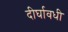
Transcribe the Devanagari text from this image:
दीर्घावधी